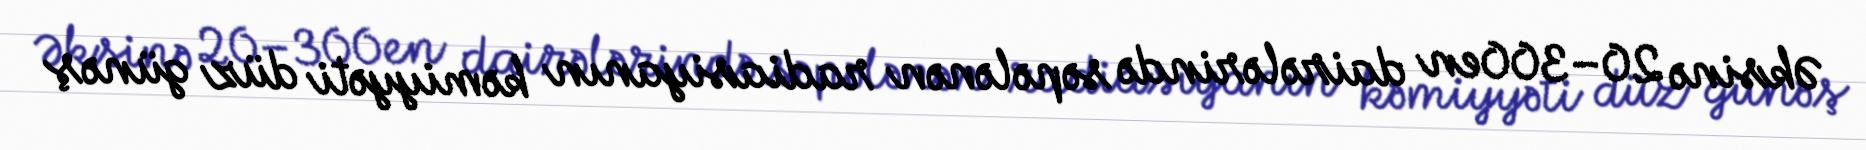
Əksinə 20–300en dairələrində səpələnən radiasiyanın kəmiyyəti düz günəş